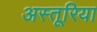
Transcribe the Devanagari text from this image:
अस्तूरिया